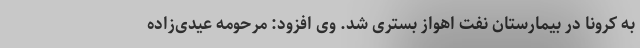
به کرونا در بیمارستان نفت اهواز بستری شد. وی افزود: مرحومه عیدی‌زاده